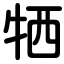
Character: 牺